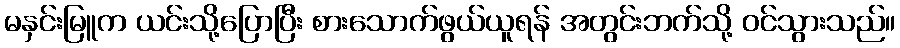
မနှင်းမြူက ယင်းသို့ပြောပြီး စားသောက်ဖွယ်ယူရန် အတွင်းဘက်သို့ ဝင်သွားသည်။